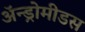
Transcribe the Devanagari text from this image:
ॲन्ड्रोमीडस